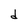
Character: d